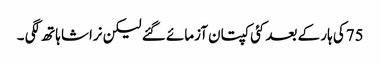
75کی ہار کے بعد کئی کپتان آزمائے گئے لیکن نراشا ہاتھ لگی ۔